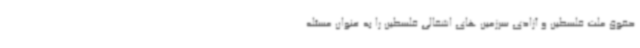
حقوق ملت فلسطین و آزادی سرزمین های اشغالی فلسطین را به عنوان مسئله